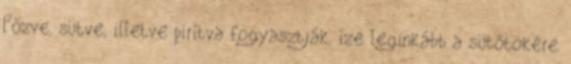
Főzve, sütve, illetve pirítva fogyasztják, íze leginkább a sütőtökére